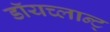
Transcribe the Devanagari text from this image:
डॉयच्लान्ट्